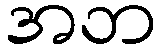
အဘ